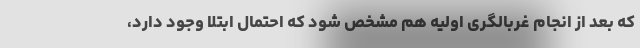
که بعد از انجام غربالگری اولیه هم مشخص شود که احتمال ابتلا وجود دارد،